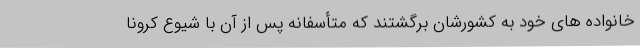
خانواده های خود به کشورشان برگشتند که متأسفانه پس از آن با شیوع کرونا